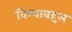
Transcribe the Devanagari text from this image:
विश्वाबद्दल